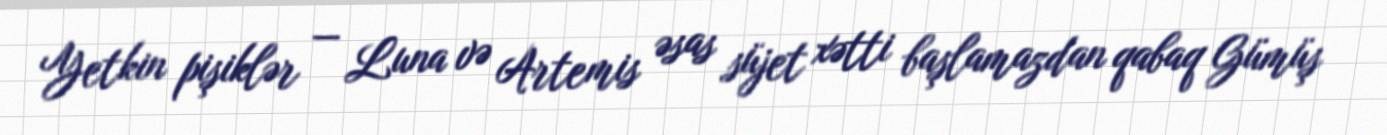
Yetkin pişiklər — Luna və Artemis əsas süjet xətti başlamazdan qabaq Gümüş